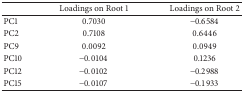
|  | Loadings on Root 1 | Loadings on Root 2 |
 | --- | --- | --- |
 | PC1 | 0.7030 | −0.6584 |
 | PC2 | 0.7108 | 0.6446 |
 | PC9 | 0.0092 | 0.0949 |
 | PC10 | −0.0104 | 0.1236 |
 | PC12 | −0.0102 | −0.2988 |
 | PC15 | −0.0107 | −0.1933 |